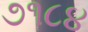
૭૧૮૪